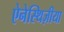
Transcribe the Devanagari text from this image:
ऐनेस्थिज़ीया